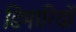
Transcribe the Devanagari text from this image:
डिमारियों